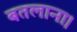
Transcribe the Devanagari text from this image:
बतलाना।